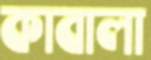
কাবালা